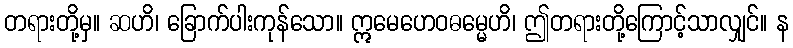
တရားတို့မှ။ ဆဟိ၊ ခြောက်ပါးကုန်သော။ ဣမေဟေဝဓမ္မေဟိ၊ ဤတရားတို့ကြောင့်သာလျှင်။ န